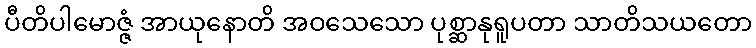
ပီတိပါမောဇ္ဇံ အာယုနောတိ အဝသေသော ပုစ္ဆာနုရူပတာ သာတိသယတော